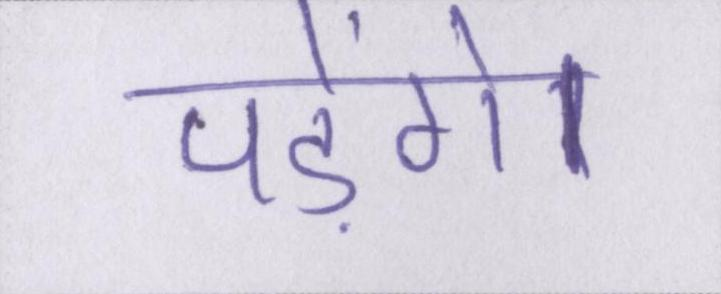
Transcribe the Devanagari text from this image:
पड़ेंगे।